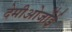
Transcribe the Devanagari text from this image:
देमीओर्जोई